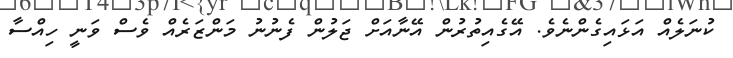
ކުނަލެއް އަޅައިގެންނެވެ. އޭގެއިތުރުން އޭނާއަށް ޖަލުން ފެނުނު މަންޒަރެއް ވެސް ވަނީ ހިއްސާ